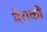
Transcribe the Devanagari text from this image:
बैराकों